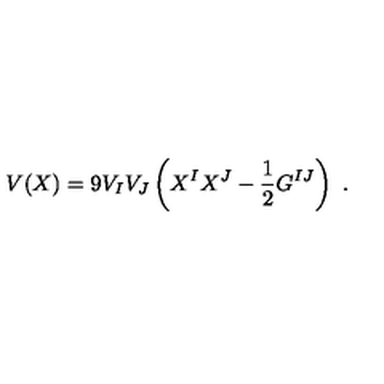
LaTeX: V ( X ) = 9 V _ { I } V _ { J } \left( X ^ { I } X ^ { J } - { \frac { 1 } { 2 } } G ^ { I J } \right) \ .